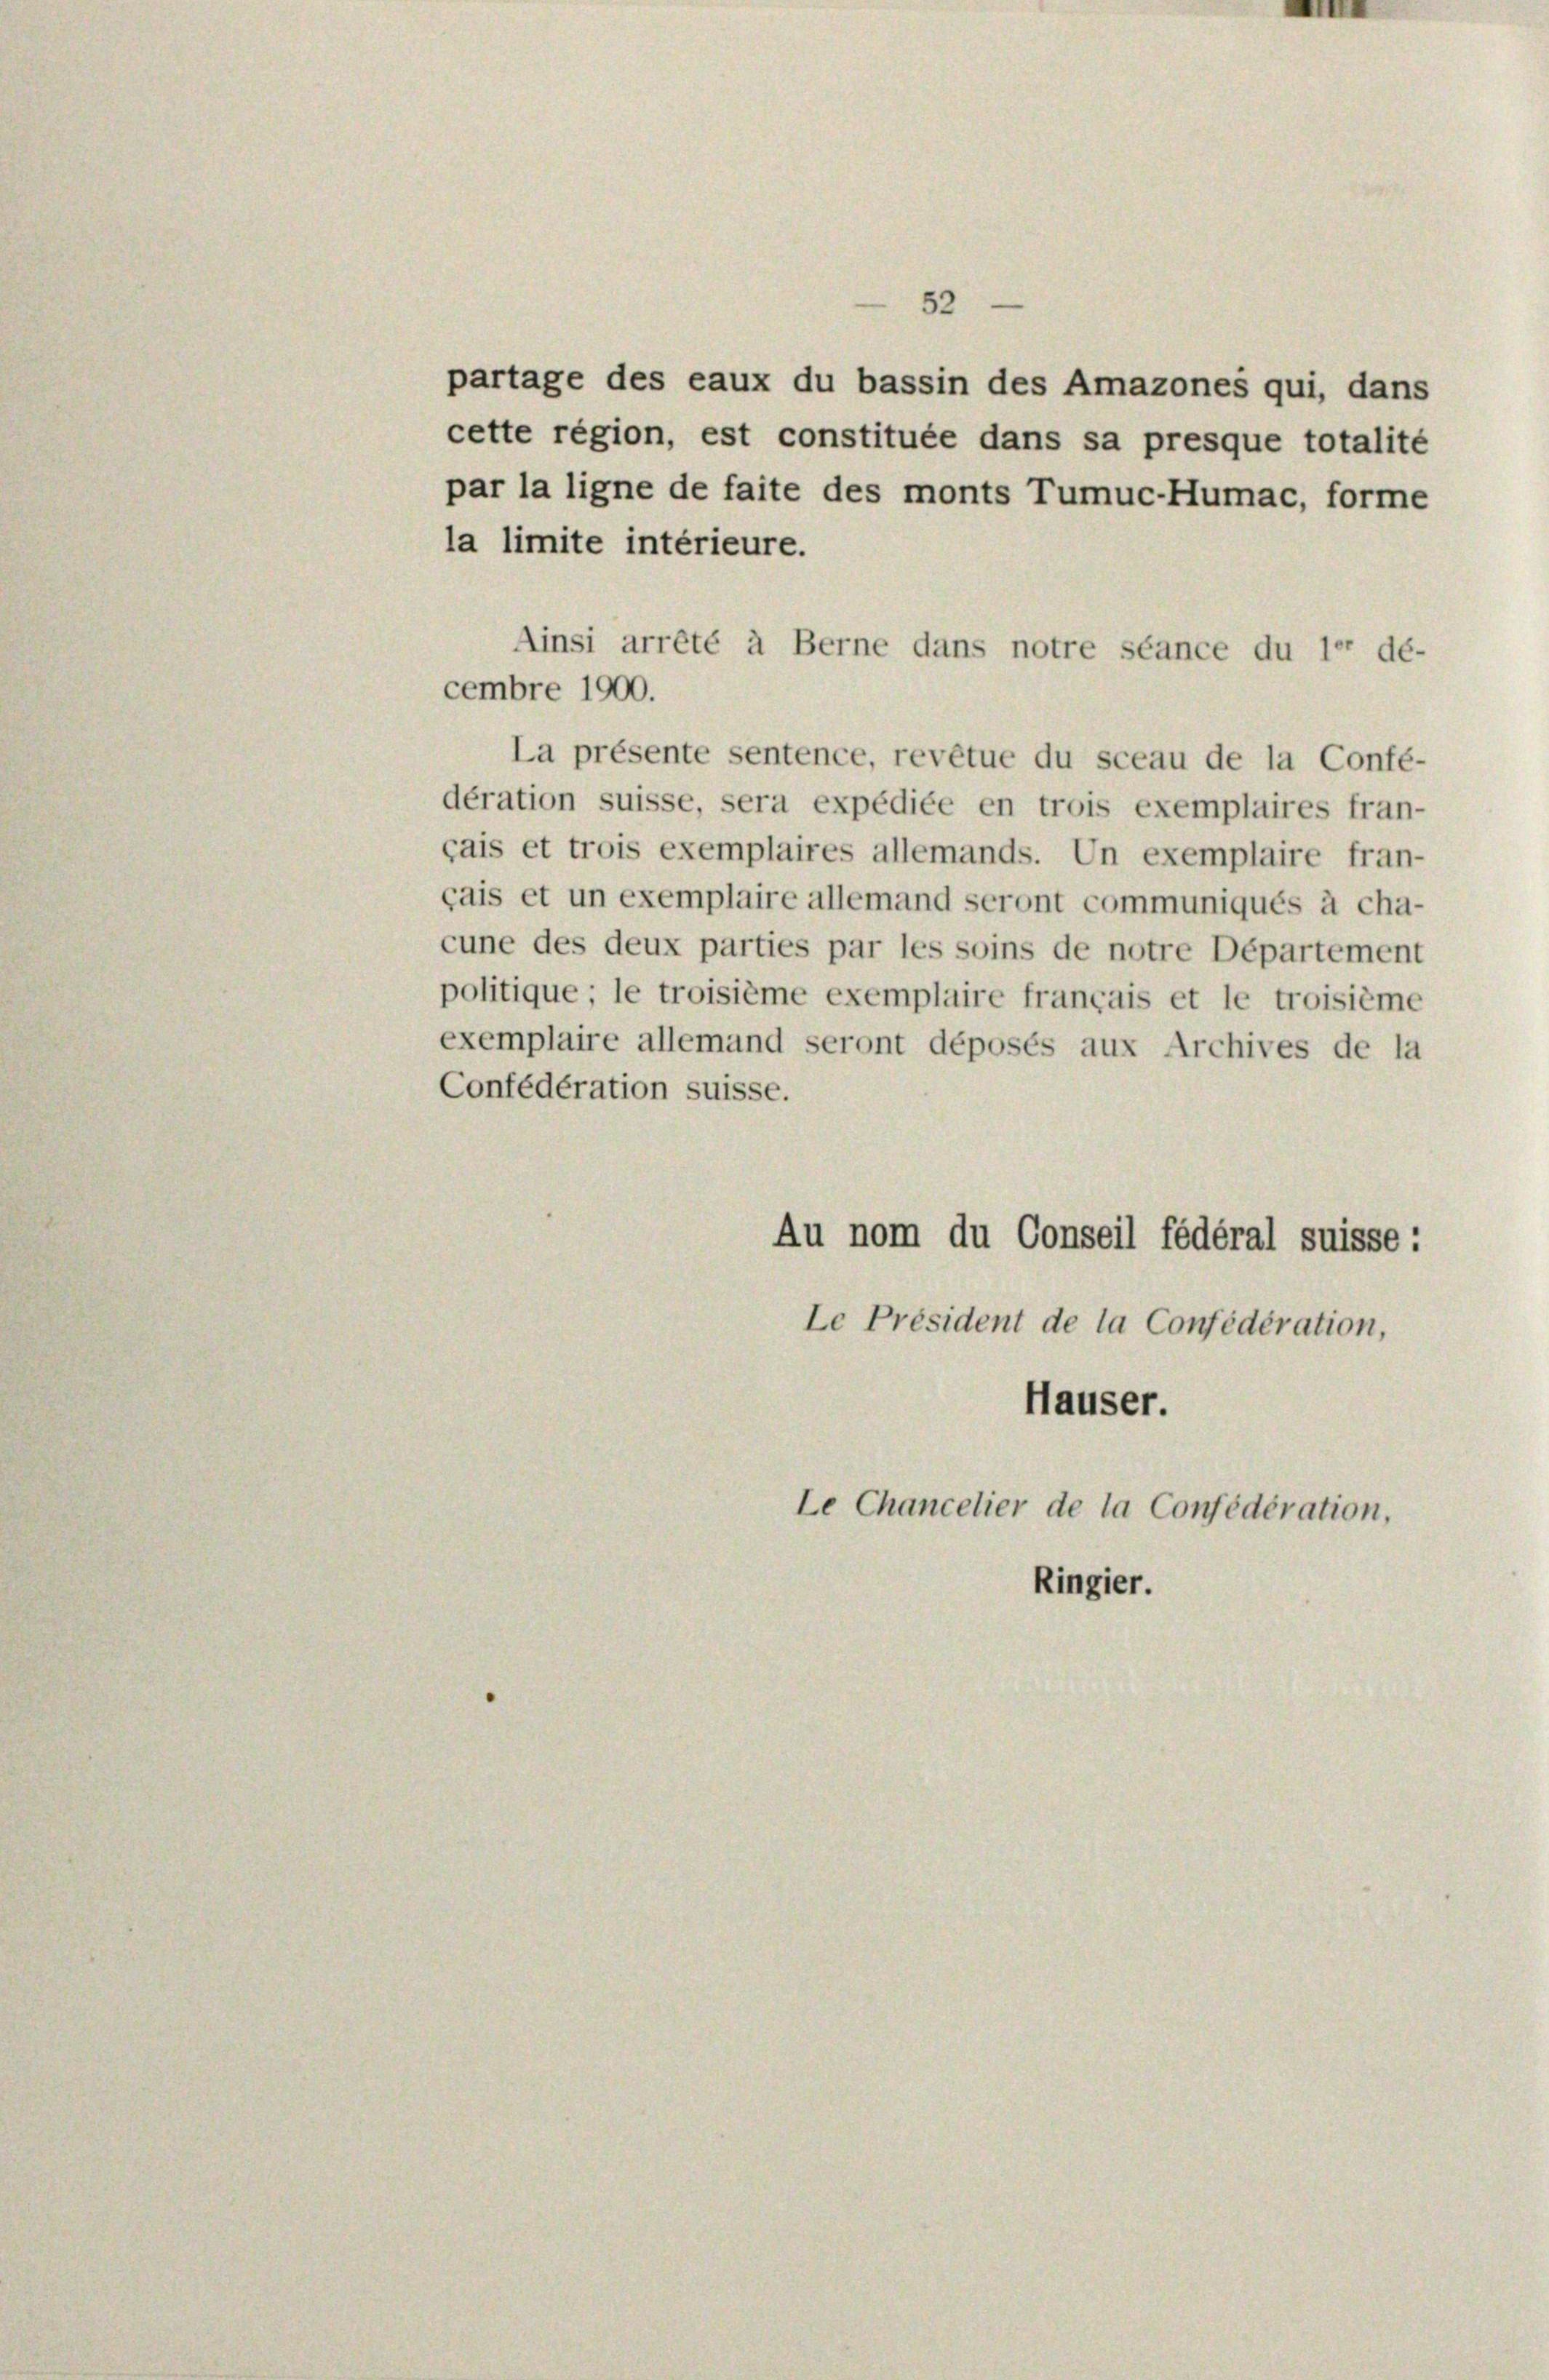
52
partage des eaux du bassin des Amazones qui, dans

cette région, est constituée dans sa presque totalité
par la ligne de faite des monts Tumuc-Humac, forme
la limite intérieure.
cembre 1900.
La présente sentence, revêtue du sceau de la Confé-
dération suisse, sera expédiée en trois exemplaires fran-
çais et trois exemplaires allemands. Un exemplaire fran-
çais et un exemplaire allemand seront communiqués à cha-
cune des deux parties par les soins de notre Departement
politique; le troisième exemplaire français et le troisième
exemplaire allemand seront déposés aux Archives de la
Confédération suisse.
Au nom du Conseil fédéral suisse:
Le Président de la Confédération,
Häuser.
Le Chancelier de la Confédération,
Ringier.

Ainsi arrêté à Berne dans notre séance du le dé-